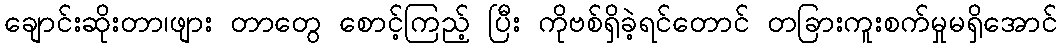
ချောင်းဆိုးတာ၊ဖျား တာတွေ စောင့်ကြည့် ပြီး ကိုဗစ်ရှိခဲ့ရင်တောင် တခြားကူးစက်မှုမရှိအောင်